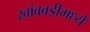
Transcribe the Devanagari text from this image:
खांबवडीमध्ये